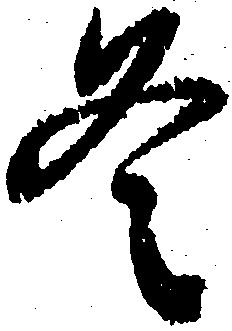
冬